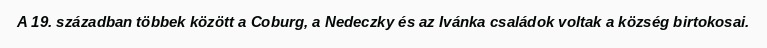
A 19. században többek között a Coburg, a Nedeczky és az Ivánka családok voltak a község birtokosai.